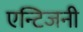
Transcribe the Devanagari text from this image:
एन्टिजनी